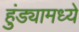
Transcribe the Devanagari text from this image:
हुंड्यामध्ये